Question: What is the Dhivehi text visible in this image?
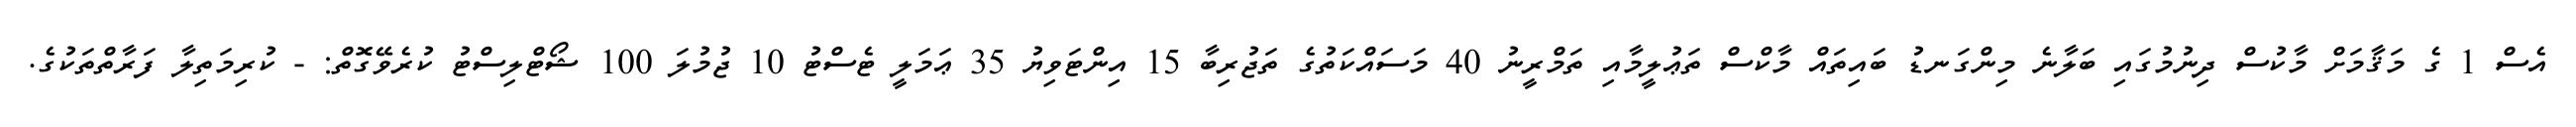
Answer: އެސް 1 ގެ މަޤާމަށް މާކުސް ދިނުމުގައި ބަލާނެ މިންގަނޑު ބައިތައް މާކްސް ތަޢުލީމާއި ތަމްރީނު 40 މަސައްކަތުގެ ތަޖުރިބާ 15 އިންޓަވިޔު 35 ޢަމަލީ ޓެސްޓު 10 ޖުމުލަ 100 ޝޯޓްލިސްޓު ކުރެވޭގޮތް: - ކުރިމަތިލާ ފަރާތްތަކުގެ.